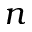
n